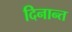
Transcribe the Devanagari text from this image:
दिनान्त